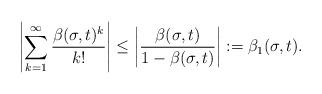
LaTeX: \begin{align*} \left|\sum_{k=1}^\infty \frac{\beta(\sigma,t)^{k}}{k!}\right| \leq \left|\frac{\beta(\sigma,t)}{1 - \beta(\sigma,t)}\right| := \beta_1(\sigma,t).\end{align*}